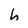
Character: h